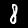
Label: 8